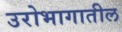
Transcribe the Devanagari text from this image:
उरोभागातील